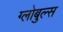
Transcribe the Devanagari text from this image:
ग्लोबुल्स